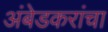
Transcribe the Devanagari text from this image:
अंबेडकरांचा